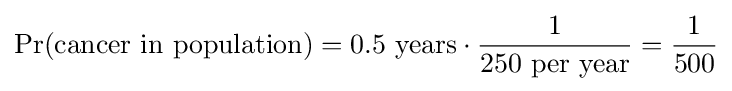
\Pr({\text{cancer in population}})=0.5{\text{ years}}\cdot {\frac {1}{\text{250 per year}}}={\frac {1}{500}}